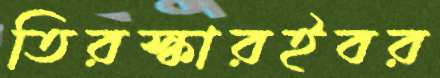
তিরস্কারইবর